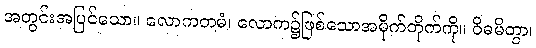
အတွင်းအပြင်သော။ လောကတမံ၊ လောက၌ဖြစ်သောအမိုက်တိုက်ကို။ ဝိဓမိတွာ၊